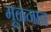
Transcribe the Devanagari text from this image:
मूळनाव